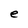
Character: e